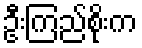
ဦးကြည်စိုးက